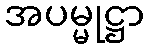
အပမ္မုဋ္ဌာ